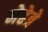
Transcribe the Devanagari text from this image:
मेहेत्रे